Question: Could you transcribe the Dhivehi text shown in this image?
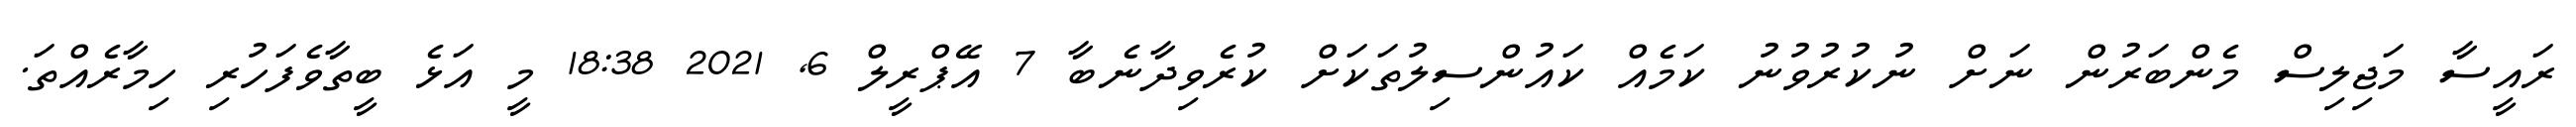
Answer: ރައީސާ މަޖިލިސް މެންބަރުން ނަށް ނުކުރުވުނު ކަމެއް ކައުންސިލުތަކަށް ކުރެވިދާނެބާ 7 އޭޕްރީލް 6, 2021 18:38 މީ އަޅެ ބީތާވެފަހުރި ހިމާރެއްތަ.